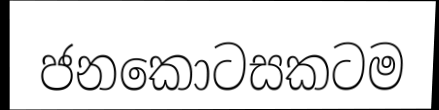
ජනකොටසකටම